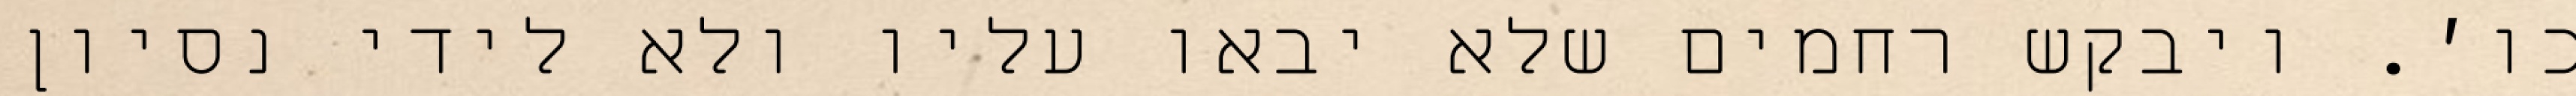
כו׳. ויבקש רחמים שלא יבאו עליו ולא לידי נסיון